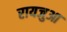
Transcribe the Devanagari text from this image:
रायजुआ